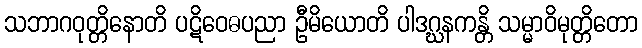
သဘာဂဝုတ္တိနောတိ ပဋိဝေဓပညာ ဦမိယောတိ ပါဒဂ္ဃနကန္တိ သမ္မာဝိမုတ္တိတော